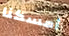
أمسكنا